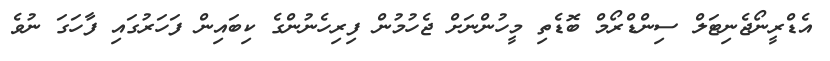
އެޑްރީނޯޖެނިޓަލް ސިންޑްރޯމް ބޮޑެތި މީހުންނަށް ޖެހުމުން ފިރިހެނުންގެ ކިބައިން ފަހަރުގައި ފާހަގަ ނުވެ